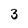
Character: 3